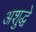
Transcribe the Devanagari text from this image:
अशुद्धे